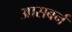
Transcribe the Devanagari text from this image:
आसबर्न